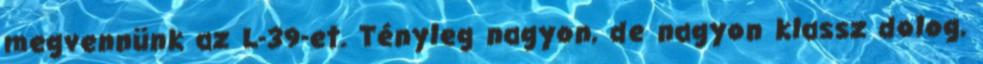
megvennünk az L-39-et. Tényleg nagyon, de nagyon klassz dolog,